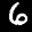
Label: 6